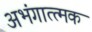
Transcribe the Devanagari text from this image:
अभंगात्त्मक